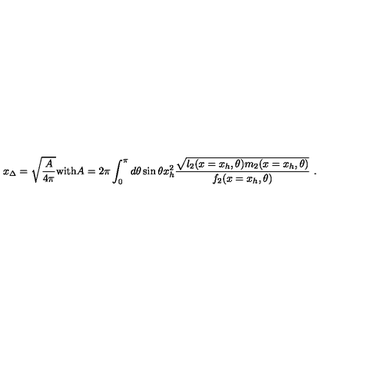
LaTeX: x _ { \Delta } = \sqrt { \frac { A } { 4 \pi } } \mathrm { w i t h } A = 2 \pi \int _ { 0 } ^ { \pi } d \theta \sin \theta x _ { h } ^ { 2 } \frac { \sqrt { l _ { 2 } ( x = x _ { h } , \theta ) m _ { 2 } ( x = x _ { h } , \theta ) } } { f _ { 2 } ( x = x _ { h } , \theta ) } \ .